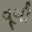
વૂગી